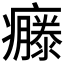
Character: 𤻴